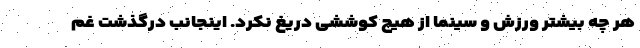
هر چه بیشتر ورزش و سینما از هیچ کوششی دریغ نکرد. اینجانب درگذشت غم